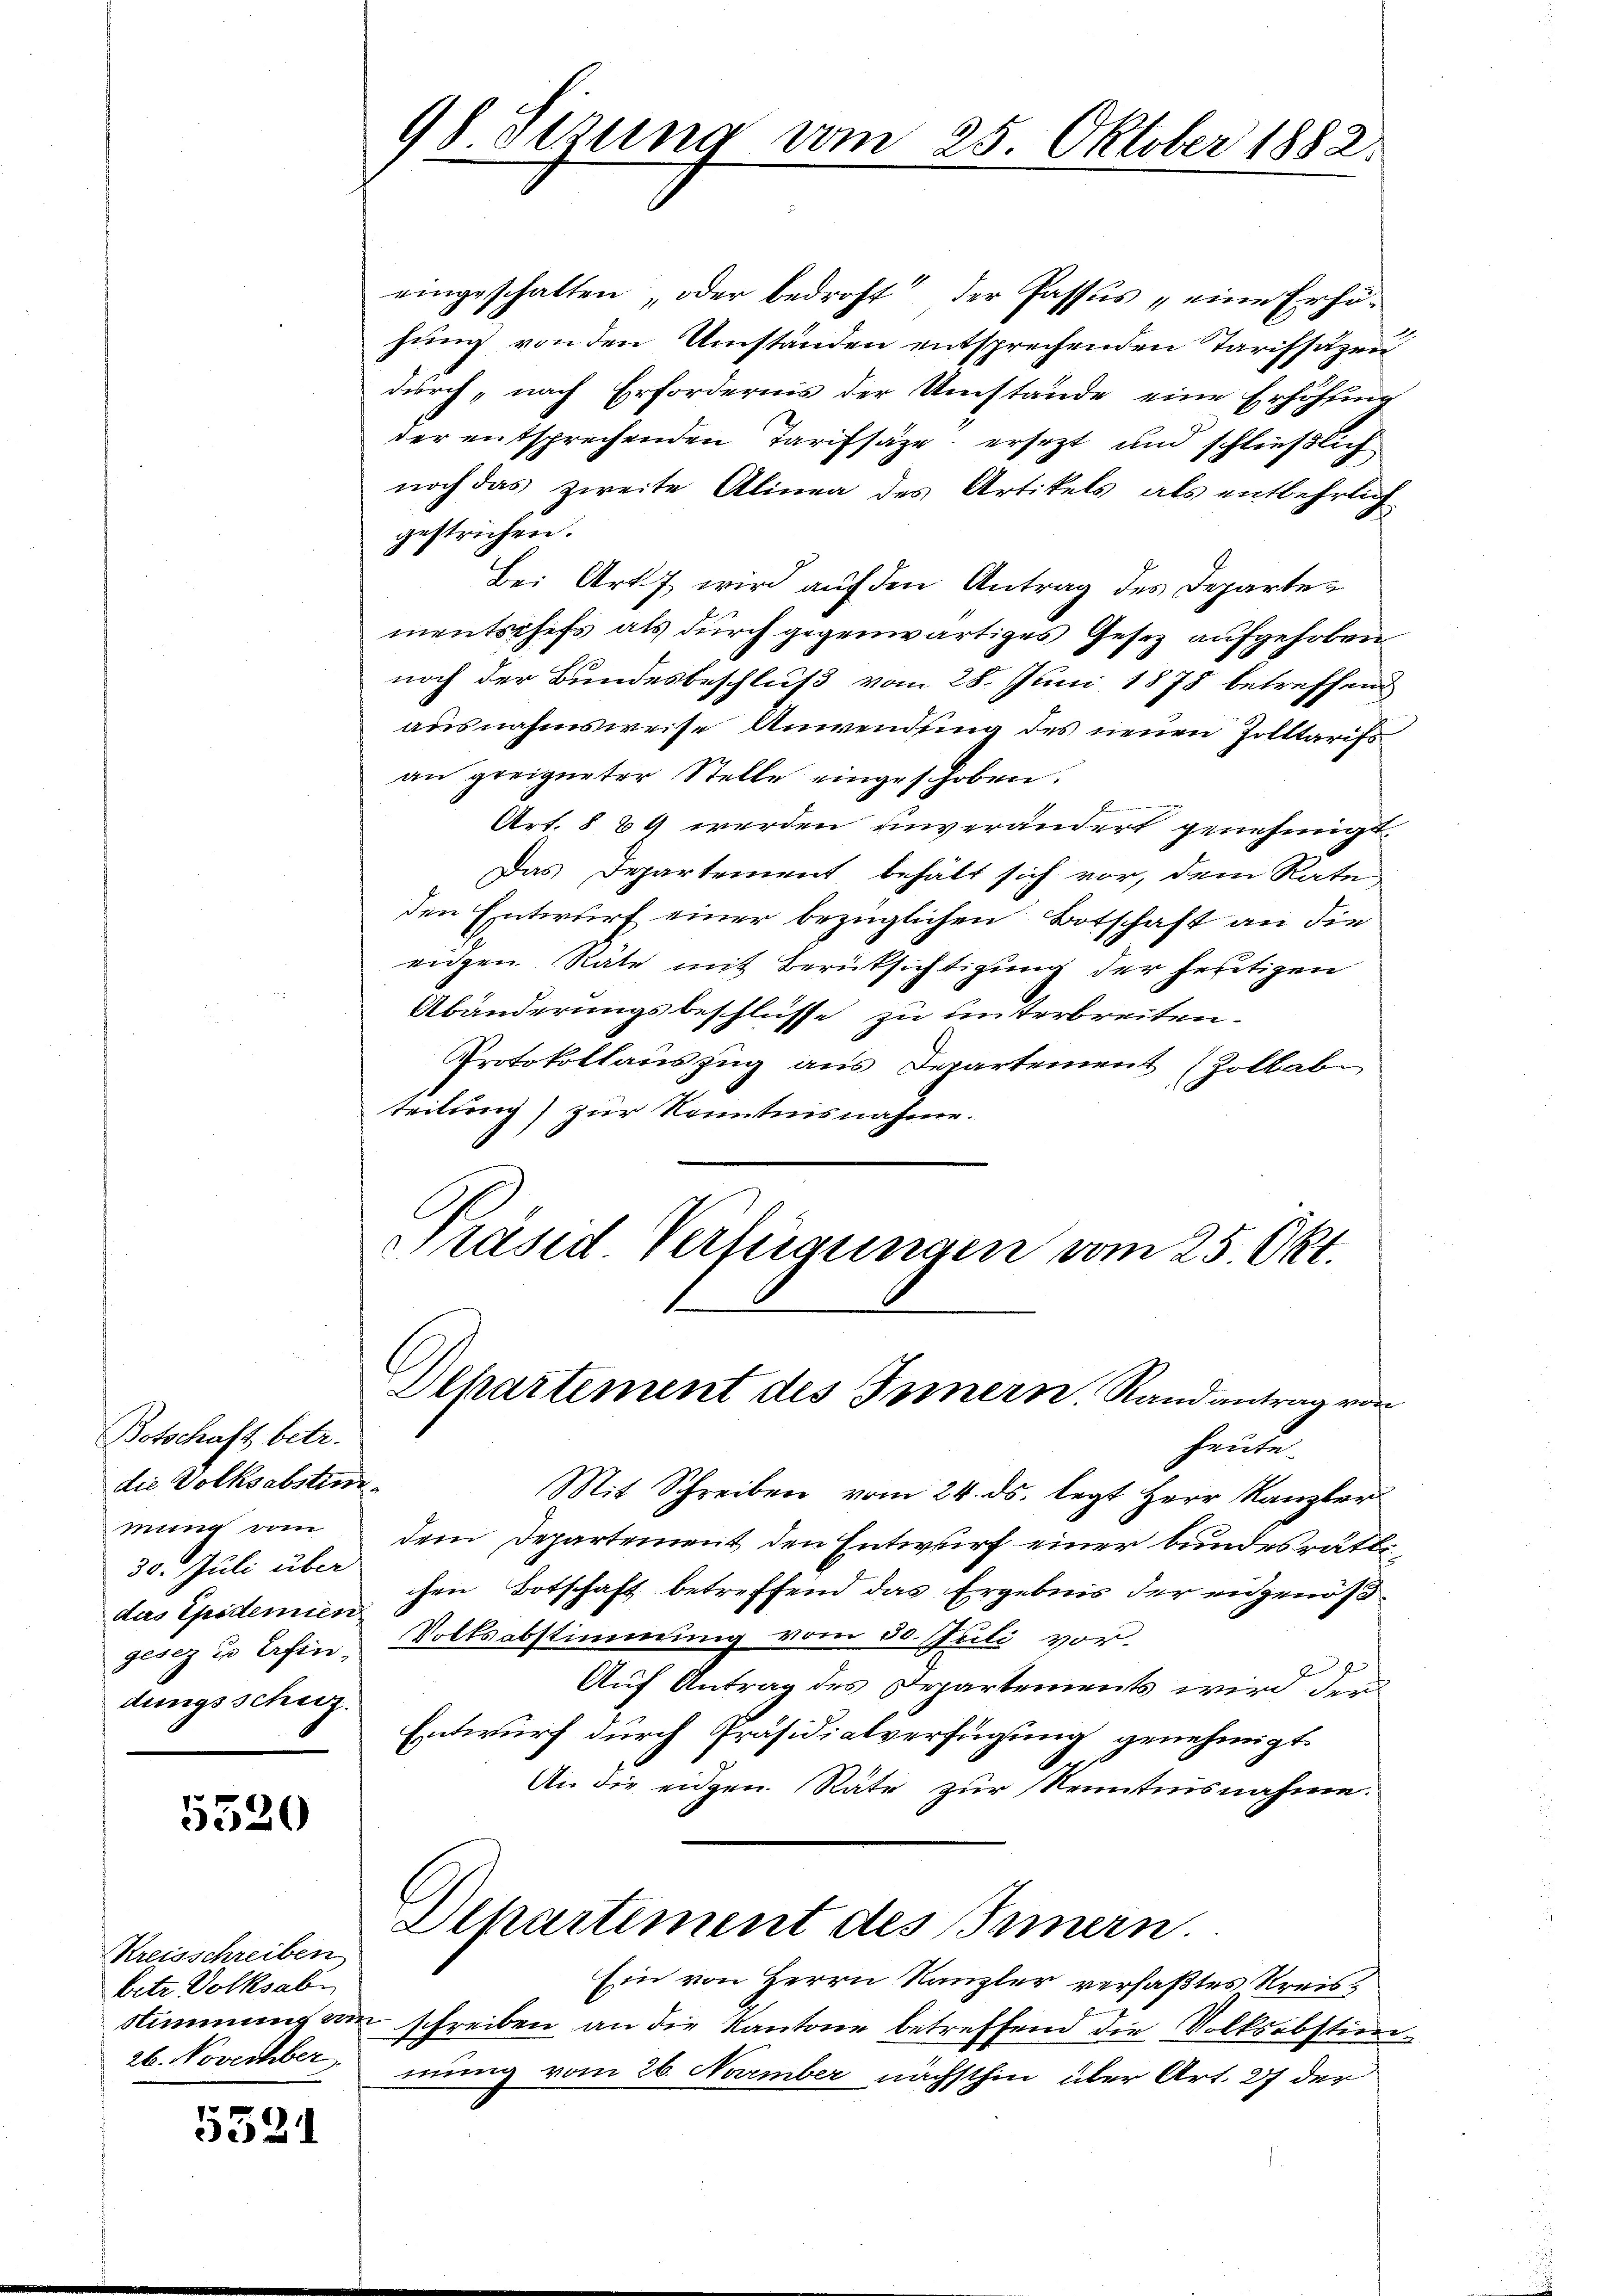
Botschaft betr.
die Volksabstinde
mung vom
30. Juli über
das Epidemien
gesez u Erfindungsschutz.

5520

Kreisschreiben
betr. Volksabe

552

98 Sezung vom 25. Oktober 1882.

eingeschatten, oder bedroht der Passus „eine Erhöhung von den Umständen entsprechenden Tarifsäzen
durch „nach Erfordernis der Umstände eine Erhöhung
der entsprechenden Tarifsäze, ersezt und schließlich
noch das zweite Alinea des Artikels, als entbehrlich
gestrichen.
Bei Art. 7 wird auf den Antrag des Departementschefs als durch gegenwärtiges Gesez aufgehoben
noch der Bundesbeschluß vom 28. Juni 1878 betreffend
ausnahmsweise Anwendung des neuen Zolltarifs
an geeigneter Stelle eingeschoben.
Art. 8 89 werden unverändert genehmigt.
Das Departement behält sich vor, dem Rate
den Entwurf einer bezüglichen Botschaft an die
eigen Räte mit Berüksichtigung der heutigen
Abänderungsbeschlüsse zu unterbreiten.
Protokollauszug aus Departement (Zollab
teilung) zur Kenntnisnahme.
Präsid Verfügungen vom 25. Okt.
Dehartement des Innern, Randantrag von
heute.
Mit Schreiben vom 24. ds. legt Herr Kanzler
dem Departement den Entwurf einer bundesrätlichen Botschaft betreffend das Ergebnis der eidgenöß¬
Volksabstimmung vom 30. Juli vor
2
Auf Antrag des Departements wird der
Entwurf durch Präsidialverfügung genehmigt.
An die eidgen. Räte zur Kenntnisnahme.
Departement des Innern.
Ein von Herrn Kanzler verfaßtes Kreis¬
Stimmung an schreiben an die Kantone betreffend die Volksabstim¬
26. November mung vom 26. November nächsthin über Art. 27 der